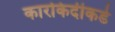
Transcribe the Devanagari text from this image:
कारकिर्दीकडे